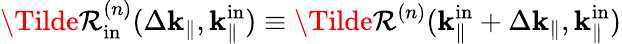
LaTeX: \Tilde{\mathcal{R}}_{\mathrm{{in}}}^{(n)}(\Delta\mathbf{{k}}_{\parallel},\mathbf{{k}}_{\parallel}^{\mathrm{{in}}})\equiv\Tilde{\mathcal{R}}^{(n)}(\mathbf{{k}}_{\parallel}^{\mathrm{{in}}}+\Delta\mathbf{{k}}_{\parallel},\mathbf{{k}}_{\parallel}^{\mathrm{{in}}})